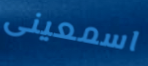
اسمعينى